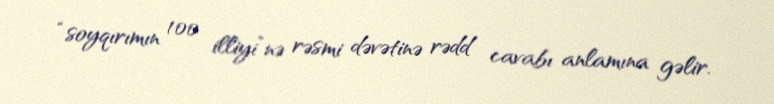
“soyqırımın 100 illiyi”nə rəsmi dəvətinə rədd cavabı anlamına gəlir.